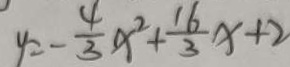
y = - \frac { 4 } { 3 } x ^ { 2 } + \frac { 1 6 } { 3 } x + 2